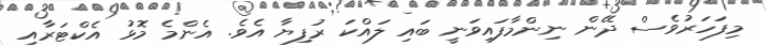
މިފަހަރުވެސް ދޭން ނިންމާފައިވަނީ ބައި ލައްކަ ރުފިޔާ އެވެ. އެންމެ މޮޅު އެކްޓަރާއި